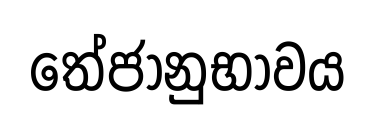
තේජානුභාවය